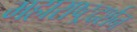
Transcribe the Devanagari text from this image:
महाराष्ट्रदर्शन